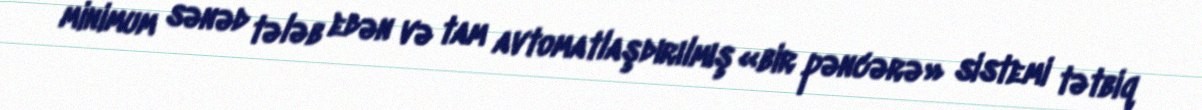
minimum sənəd tələb edən və tam avtomatlaşdırılmış «bir pəncərə» sistemi tətbiq